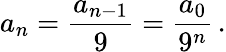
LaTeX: a_{n}={\frac{a_{n-1}}{9}}={\frac{a_{0}}{9^{n}}}\, .